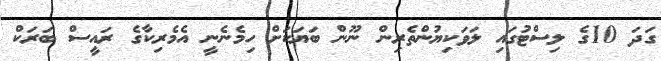
ގަދަ 10ގެ ލިސްޓުގައި ލަވަކިޔުންތެރިން ނޫން ބަޔަކަށް ހިމެނެނީ އެމެރިކާގެ ރައީސް ބަރަކް